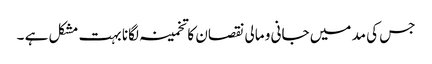
جس کی مد میں جانی و مالی نقصان کا تخمینہ لگانا بہت مشکل ہے ۔